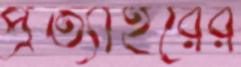
প্রত্যাহরের